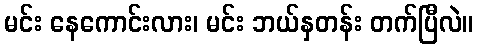
မင်း နေကောင်းလား၊ မင်း ဘယ်နှတန်း တက်ပြီလဲ။